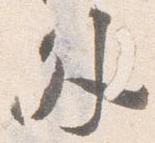
外